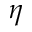
\eta